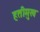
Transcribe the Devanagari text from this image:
हतीमुख